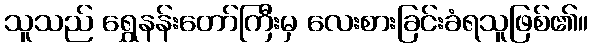
သူသည် ရွှေနန်းတော်ကြီးမှ လေးစားခြင်းခံရသူဖြစ်၏။